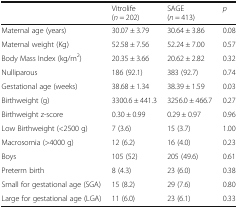
<table><thead><tr><td></td><td><b>Vitrolife(<i>n</i> = 202)</b></td><td><b>SAGE(<i>n</i> = 413)</b></td><td><b><i>p</i></b></td></tr></thead><tbody><tr><td>Maternal age (years)</td><td>30.07 ± 3.79</td><td>30.64 ± 3.86</td><td>0.08</td></tr><tr><td>Maternal weight (Kg)</td><td>52.58 ± 7.56</td><td>52.24 ± 7.00</td><td>0.57</td></tr><tr><td>Body Mass Index (kg/m<sup>2</sup>)</td><td>20.35 ± 3.66</td><td>20.62 ± 2.82</td><td>0.32</td></tr><tr><td>Nulliparous</td><td>186 (92.1)</td><td>383 (92.7)</td><td>0.74</td></tr><tr><td>Gestational age (weeks)</td><td>38.68 ± 1.34</td><td>38.39 ± 1.59</td><td>0.03</td></tr><tr><td>Birthweight (g)</td><td>3300.6 ± 441.3</td><td>3256.0 ± 466.7</td><td>0.27</td></tr><tr><td>Birthweight z-score</td><td>0.30 ± 0.99</td><td>0.29 ± 0.97</td><td>0.96</td></tr><tr><td>Low Birthweight (&lt;2500 g)</td><td>7 (3.6)</td><td>15 (3.7)</td><td>1.00</td></tr><tr><td>Macrosomia (&gt;4000 g)</td><td>12 (6.2)</td><td>16 (4.0)</td><td>0.23</td></tr><tr><td>Boys</td><td>105 (52)</td><td>205 (49.6)</td><td>0.61</td></tr><tr><td>Preterm birth</td><td>8 (4.3)</td><td>23 (6.0)</td><td>0.38</td></tr><tr><td>Small for gestational age (SGA)</td><td>15 (8.2)</td><td>29 (7.6)</td><td>0.80</td></tr><tr><td>Large for gestational age (LGA)</td><td>11 (6.0)</td><td>23 (6.1)</td><td>0.33</td></tr></tbody></table>